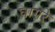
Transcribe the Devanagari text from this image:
घागरे